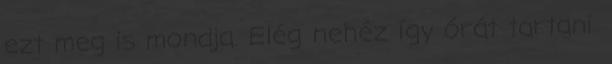
ezt meg is mondja. Elég nehéz így órát tartani.